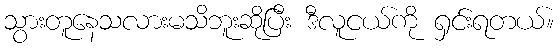
သွားတူနေသလားမသိဘူးဆိုပြီး ဒီလူငယ်ကို ရှင်းရတယ်။